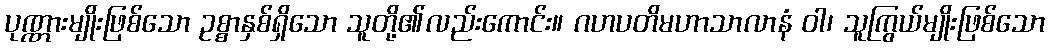
ပုဏ္ဏားမျိုးဖြစ်သော ဥစ္စာနှစ်ရှိသော သူတို့၏လည်းကောင်း။ ဂဟပတိမဟာသာလာနံ ဝါ၊ သူကြွယ်မျိုးဖြစ်သော